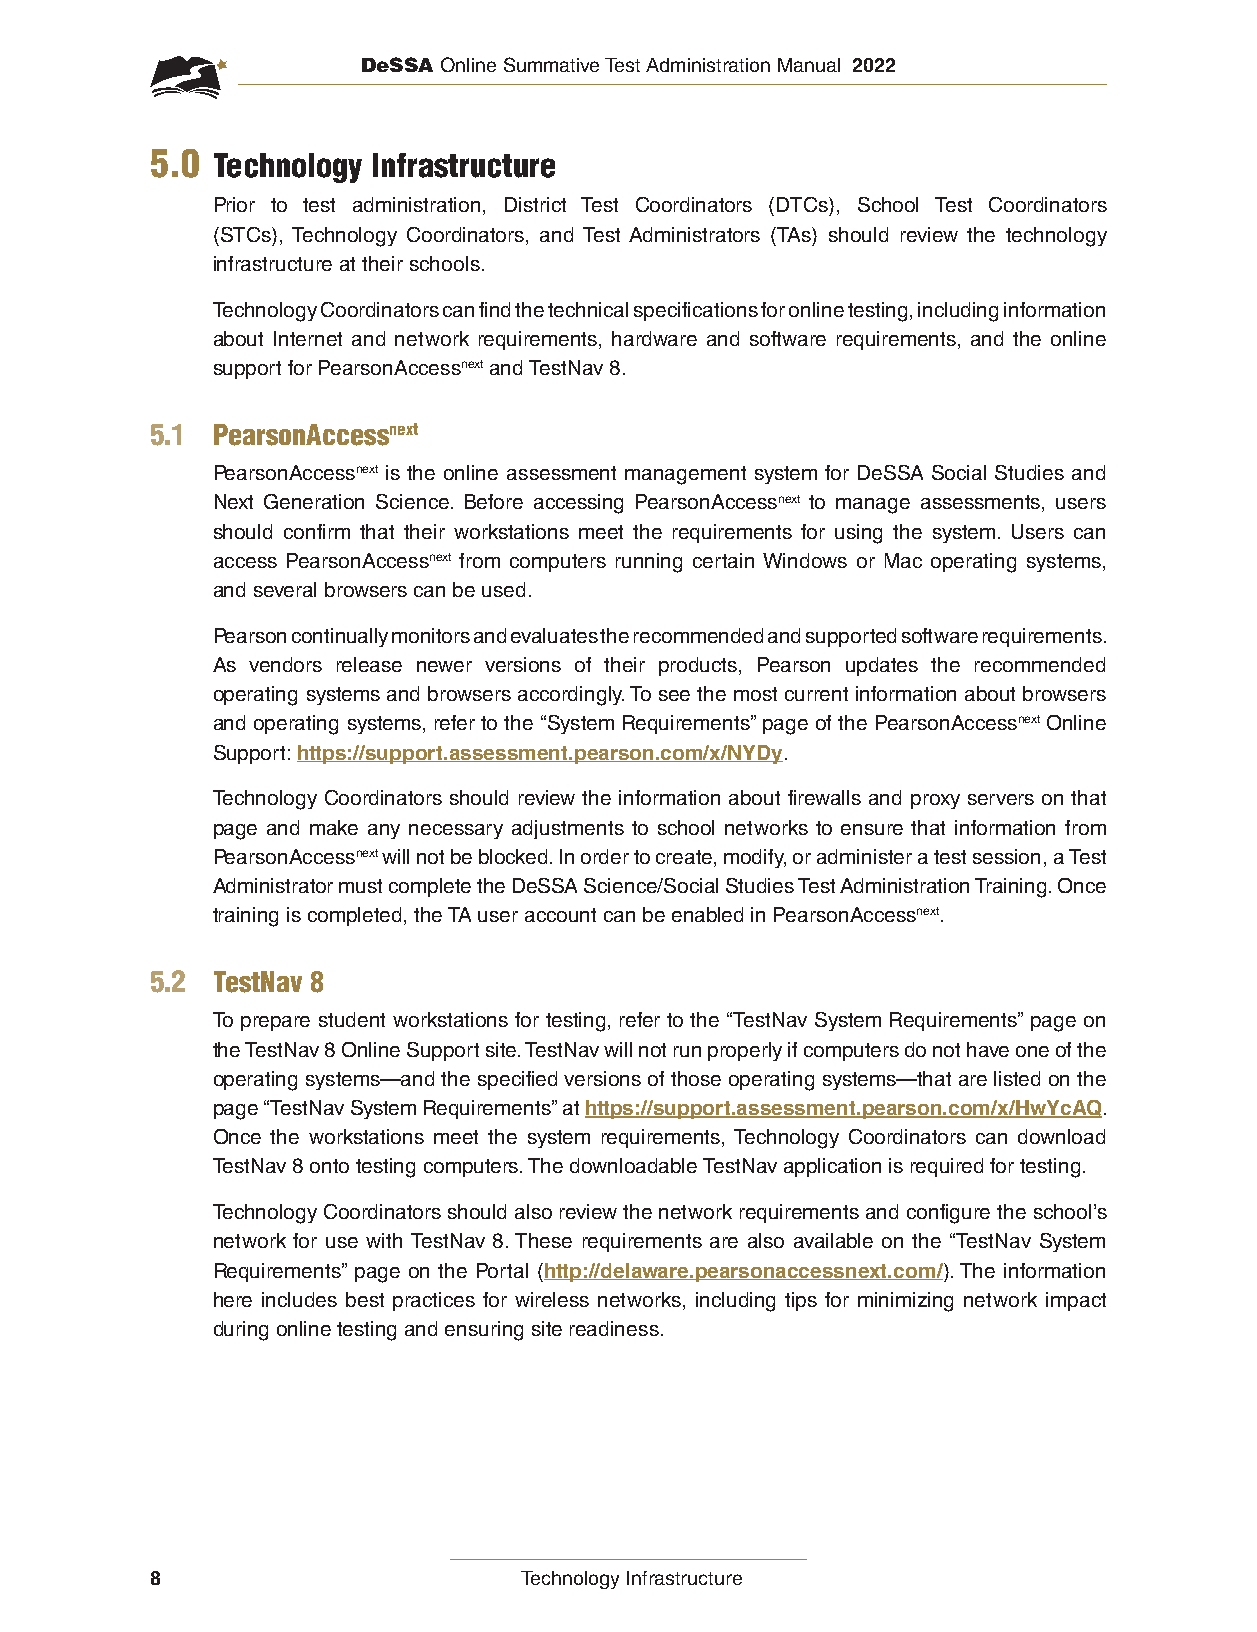
DeSSA Online Summative Test Administration Manual 2022
 5.0 Technology Infrastructure
 Prior to test administration, District Test Coordinators (DTCs), School Test Coordinators
 (STCs), Technology Coordinators, and Test Administrators (TAs) should review the technology
 infrastructure at their schools.
 Technology Coordinators can find the technical specifications for online testing, including information
 about Internet and network requirements, hardware and software requirements, and the online
 support for PearsonAccessnext and TestNav 8.
 5.1 PearsonAccessnext
 PearsonAccessnext is the online assessment management system for DeSSA Social Studies and
 Next Generation Science. Before accessing PearsonAccessnext to manage assessments, users
 should confirm that their workstations meet the requirements for using the system. Users can
 access PearsonAccessnext from computers running certain Windows or Mac operating systems,
 and several browsers can be used.
 Pearson continually monitors and evaluates the recommended and supported software requirements.
 As vendors release newer versions of their products, Pearson updates the recommended
 operating systems and browsers accordingly. To see the most current information about browsers
 and operating systems, refer to the “System Requirements” page of the PearsonAccessnext Online
 Support: https://support.assessment.pearson.com/x/NYDy.
 Technology Coordinators should review the information about firewalls and proxy servers on that
 page and make any necessary adjustments to school networks to ensure that information from
 PearsonAccessnext will not be blocked. In order to create, modify, or administer a test session, a Test
 Administrator must complete the DeSSA Science/Social Studies Test Administration Training. Once
 training is completed, the TA user account can be enabled in PearsonAccessnext.
 5.2 TestNav 8
 To prepare student workstations for testing, refer to the “TestNav System Requirements” page on
 the TestNav 8 Online Support site. TestNav will not run properly if computers do not have one of the
 operating systems—and the specified versions of those operating systems—that are listed on the
 page “TestNav System Requirements” at https://support.assessment.pearson.com/x/HwYcAQ.
 Once the workstations meet the system requirements, Technology Coordinators can download
 TestNav 8 onto testing computers. The downloadable TestNav application is required for testing.
 Technology Coordinators should also review the network requirements and configure the school’s
 network for use with TestNav 8. These requirements are also available on the “TestNav System
 Requirements” page on the Portal (http://delaware.pearsonaccessnext.com/). The information
 here includes best practices for wireless networks, including tips for minimizing network impact
 during online testing and ensuring site readiness.
 8                       Technology Infrastructure